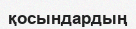
қосындардың